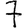
Digit: 7